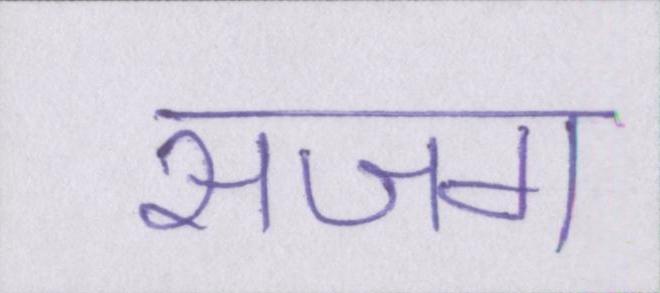
सजग